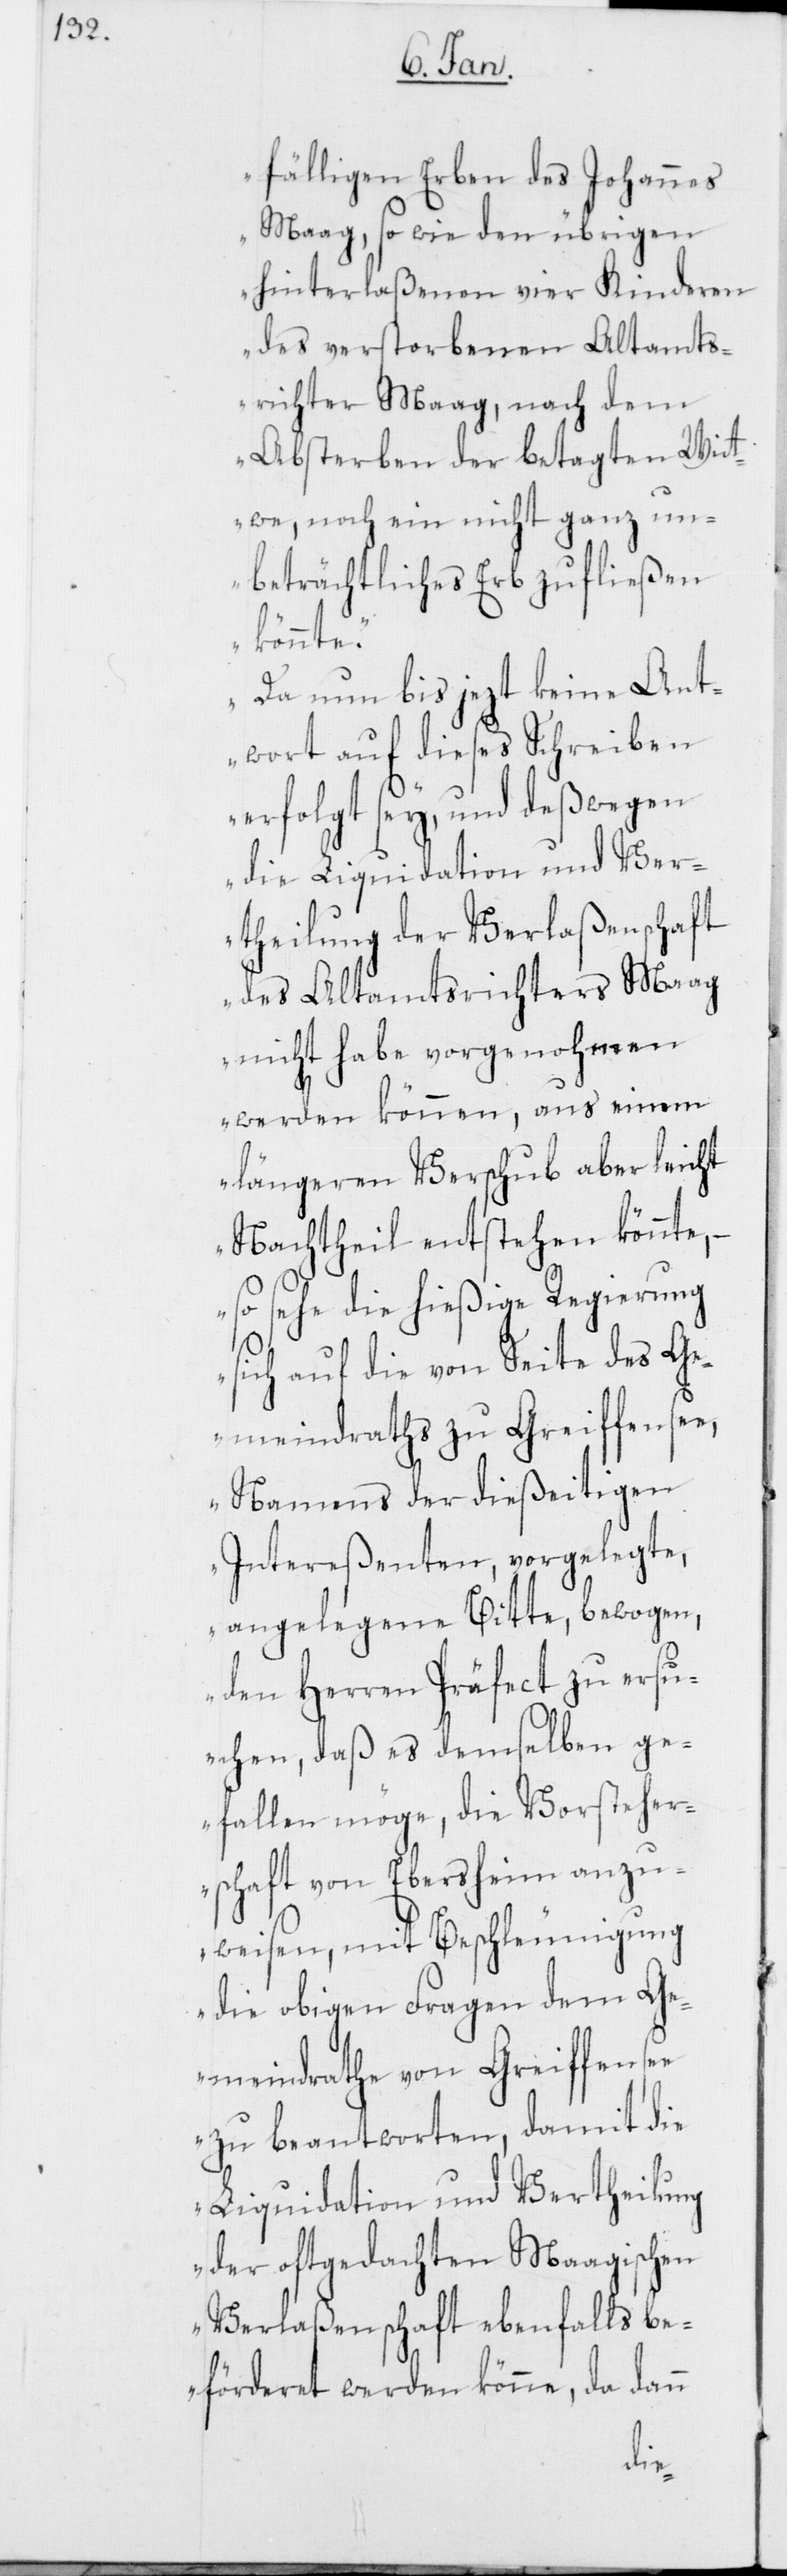
fälligen Erben des Johannes
Maag, so wie den übrigen
hinterlaßenen vier Kinderen
des verstorbenen Altamts¬
richter Maag, nach dem
Absterben der betagten Wit¬
twe, noch ein nicht ganz un¬
beträchtliches Erb zufließen
könnte.
Da nun bis jezt keine Ant¬
wort auf dieses Schreiben
erfolgt sey, und deßwegen
die Liquidation und Ver¬
theilung der Verlaßenschaft
des Altamtsrichters Maag
nicht habe vorgenohmen
werden können, aus einem
längeren Verschub aber leicht
Nachtheil entstehen könnte, –
so sehe die hießige Regierung
sich auf die von Seite des Ge¬
meindraths zu Greiffensee,
Namens der dießeitigen
Intereßenten, vorgelegte,
angelegene Bitte, bewogen,
den Herren Präfect zu ersu¬
chen, daß es demselben ge¬
fallen möge, die Vorsteher¬
schaft von Ebersheim anzu¬
weisen, mit Beschleunigung
die obigen Fragen dem Ge¬
meindrathe von Greiffensee
zu beantworten, damit die
Liquidation und Vertheilung
der oftgedachten Maagischen
Verlaßenschaft ebenfalls be¬
förderet werden könne, da dann